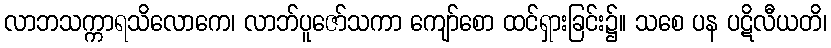
လာဘသက္ကာရသိလောကေ၊ လာဘ်ပူဇော်သကာ ကျော်စော ထင်ရှားခြင်း၌။ သစေ ပန ပဋိလီယတိ၊